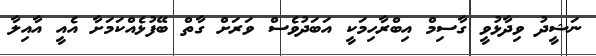
ނަޝީދު ވިދާޅުވީ ގާސިމް އިބްރާހިމަކީ އަބަދުވެސް ވަރަށް ގާތް ބޭފުޅެއްކަމަށާ އެއީ އާއިލާ